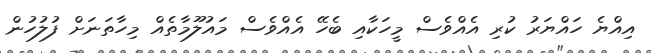
އިއްޔެ ހައްޔަރު ކުރި އެއްވެސް މީހަކާއި ބެހޭ އެއްވެސް މައުލޫމާތެއް މިހާތަނަށް ފުލުހުން